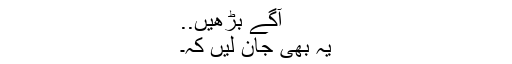
آگے بڑھیں..
یہ بھی جان لیں کہ۔